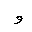
Letter: _waw